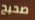
صحيح